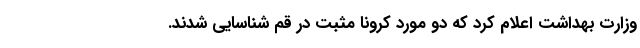
وزارت بهداشت اعلام کرد که دو مورد کرونا مثبت در قم شناسایی شدند.